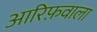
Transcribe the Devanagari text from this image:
आरिफ़वाला